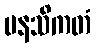
မနသိကတံ